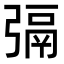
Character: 㣂